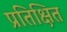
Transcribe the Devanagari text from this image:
प्रतिक्षित